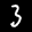
Label: 3